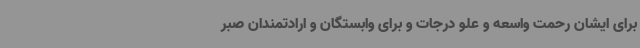
برای ایشان رحمت واسعه و علو درجات و برای وابستگان و ارادتمندان صبر